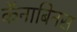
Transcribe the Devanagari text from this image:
कॅनाबिनस